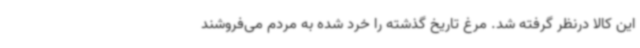
این کالا درنظر گرفته شد. مرغ تاریخ گذشته را خرد شده به مردم می‌فروشند